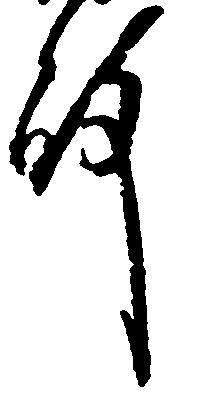
殿